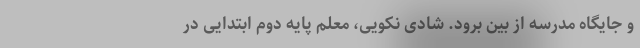
و جایگاه مدرسه از بین برود. شادی نکویی، معلم پایه دوم ابتدایی در